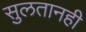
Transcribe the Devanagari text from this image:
सुलतानही